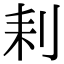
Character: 𠛨